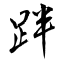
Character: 跘